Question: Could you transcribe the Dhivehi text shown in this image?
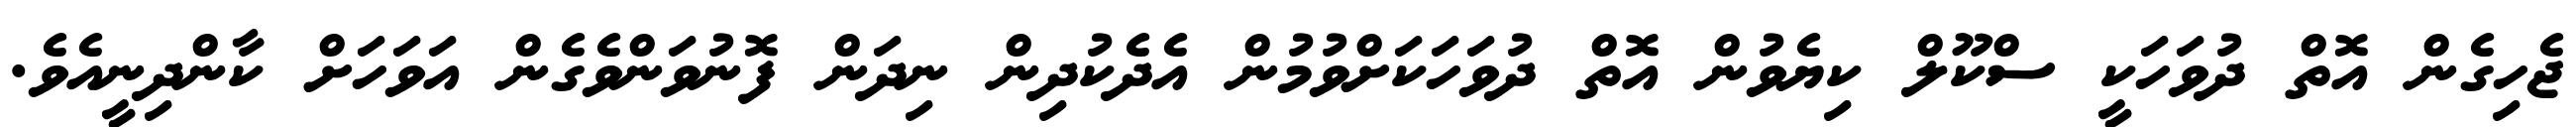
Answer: ޖެހިގެން އޮތް ދުވަހަކީ ސްކޫލް ކިޔެވުން އޮތް ދުވަހަކަށްވުމުން އެދެކުދިން ނިދަން ފޮނުވަންވެގެން އަވަހަށް ކާންދިނީއެވެ.